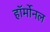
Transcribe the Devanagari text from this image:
हॉर्मोनल